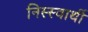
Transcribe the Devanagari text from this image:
निस्स्वार्थी